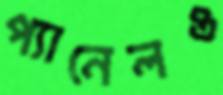
প্যানেলও